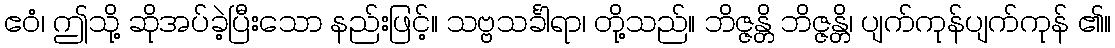
ဧဝံ၊ ဤသို့ ဆိုအပ်ခဲ့ပြီးသော နည်းဖြင့်။ သဗ္ဗသင်္ခါရာ၊ တို့သည်။ ဘိဇ္ဇန္တိ ဘိဇ္ဇန္တိ၊ ပျက်ကုန်ပျက်ကုန် ၏။